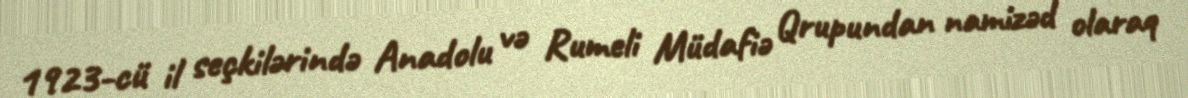
1923-cü il seçkilərində Anadolu və Rumeli Müdafiə Qrupundan namizəd olaraq